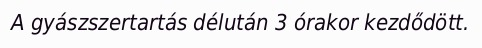
A gyászszertartás délután 3 órakor kezdődött.